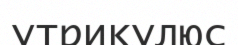
утрикулюс